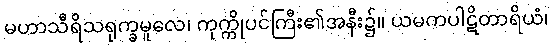
မဟာသီရိသရုက္ခမူလေ၊ ကုက္ကိုပင်ကြီး၏အနီး၌။ ယမကပါဋိတာရိယံ၊